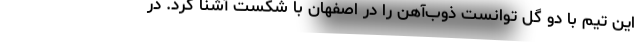
این تیم با دو گل توانست ذوب‌آهن را در اصفهان با شکست آشنا کرد. در